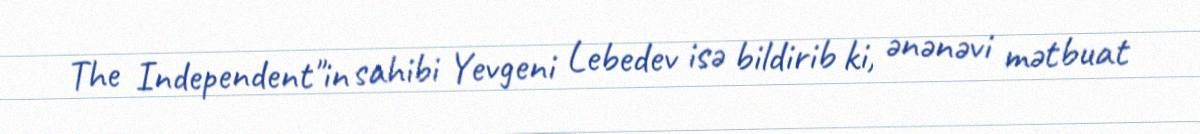
The Independent"in sahibi Yevgeni Lebedev isə bildirib ki, ənənəvi mətbuat